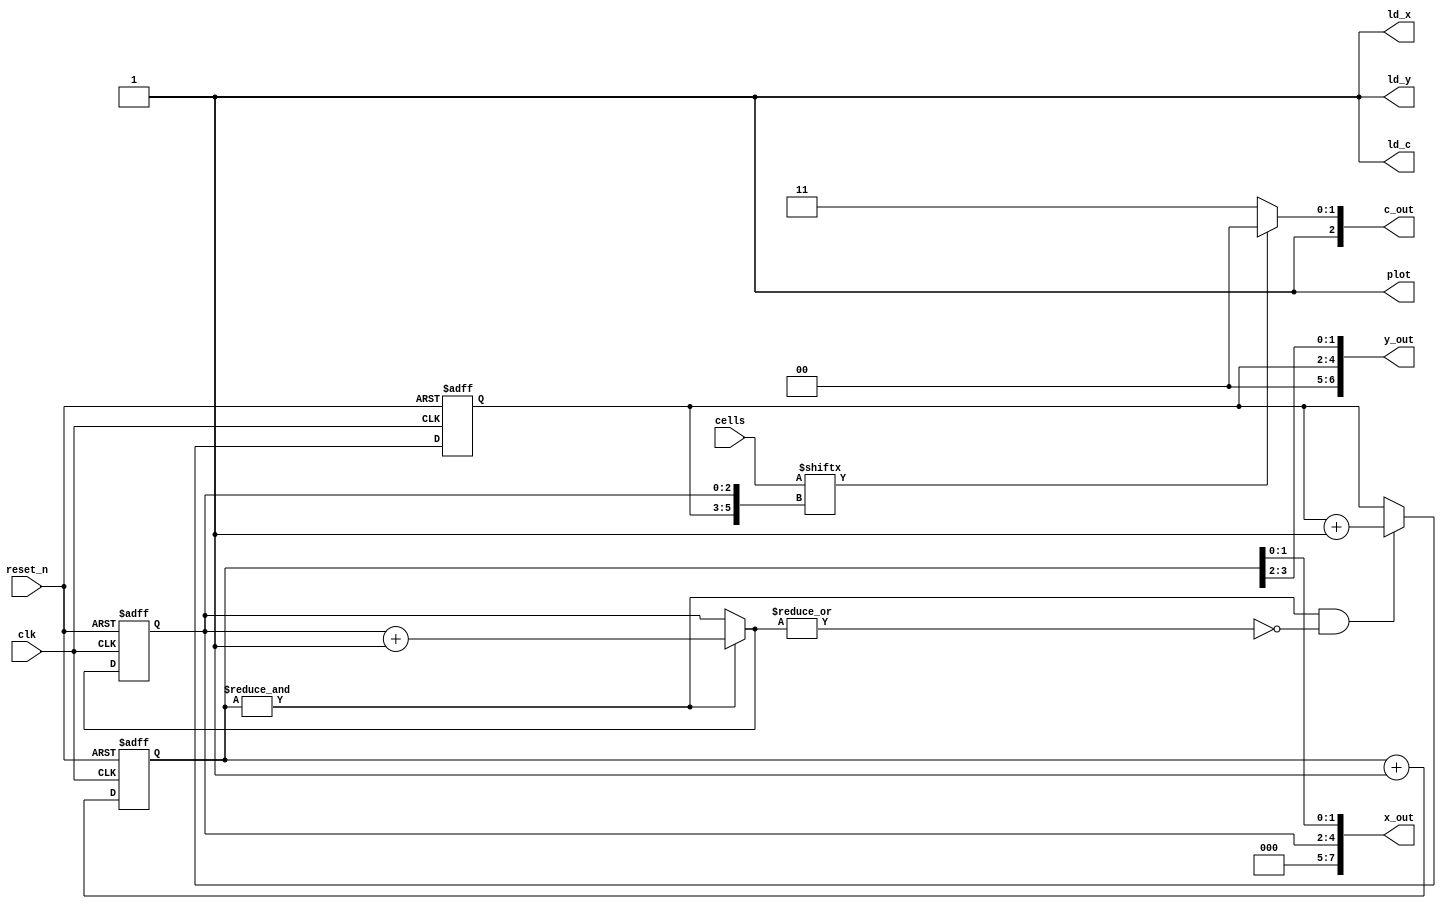
module vga_c(
	input clk, reset_n,
	input [63:0] cells,
	
	output ld_x, ld_y, ld_c, plot,
	output [2:0] c_out,
	output [7:0] x_out,
	output [6:0] y_out);
	
	reg [2:0] cur_x, cur_y;
	reg [3:0] offset;
	
	wire [2:0] next_x, next_y;
	wire [3:0] next_off;
	
	// Assigning internal values
	assign next_off[3:0] = offset[3:0] + 1'b1;
	assign next_x[2:0] = (& offset) ? cur_x[2:0] + 1'b1 : cur_x[2:0];
	assign next_y[2:0] = ((& offset) & !(| next_x)) ? cur_y[2:0] + 1'b1 : cur_y[2:0];
	
	// Setting the important output values
	assign c_out = cells[{cur_y, cur_x}] ? 3'b100 : 3'b111;
	assign y_out[6:5] = 0;
	assign y_out[4:0] = {cur_y[2:0], offset[3:2]};
	assign x_out[7:5] = 0;
	assign x_out[4:0] = {cur_x[2:0], offset[1:0]};
	
	// Duh
	assign ld_x = 1;
	assign ld_y = 1;
	assign ld_c = 1;
	assign plot = 1;
	
	// Handling controls
	always @(posedge clk, negedge reset_n) begin
		if (!reset_n) begin
			cur_x <= 0;
			cur_y <= 0;
			offset <= 0;
		end
		else begin
			cur_x <= next_x;
			cur_y <= next_y;
			offset <= next_off;
		end
	end

endmodule